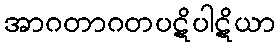
အာဂတာဂတပဋိပါဋိယာ